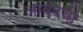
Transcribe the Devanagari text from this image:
आर्यदेवी